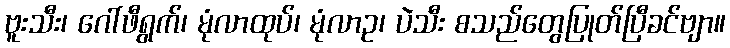
ဗူးသီး၊ ဂေါ်ဖီရွက်၊ မုံလာထုပ်၊ မုံလာဥ၊ ပဲသီး စသည်တွေပြုတ်ပြီခင်ဗျာ။